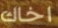
اخاك